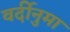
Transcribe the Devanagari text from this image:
वर्दीनुमा